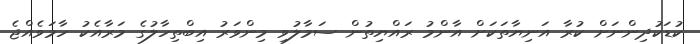
ކުޑަކުދިންނަށް ކުރާ އަނިޔާތަކަށް އާންމު ރައްޔިތުން ސަމާލުވި މިންވަރު އިބްތިހާލުގެ މަރާއެކު ހާމަވެއްޖެ